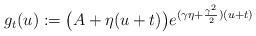
LaTeX: \begin{align*} g_t(u):= \big(A+\eta (u+t)\big)e^{(\gamma \eta+\frac{\gamma^2}{2})( u+t)} \end{align*}